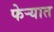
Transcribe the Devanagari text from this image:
फेऱ्यात